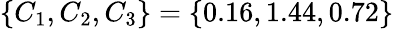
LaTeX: \{ C_{1},C_{2},C_{3}\} =\{ 0.16,1.44,0.72\}